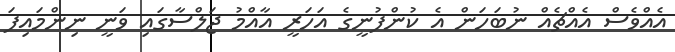
އެއްވެސް އެއްޗެއް ނުބަހަން އެ ކުންފުނީގެ އަހަރީ އާއްމު ޖަލްސާގައި ވަނީ ނިންމައިފަ